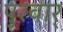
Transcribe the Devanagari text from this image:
पुरवार्